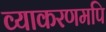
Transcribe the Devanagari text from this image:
व्याकरणमपि